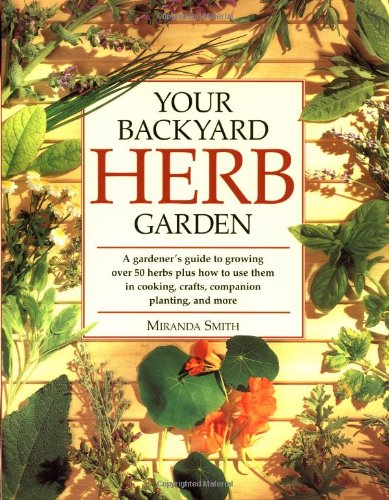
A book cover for Your Backyard Herb Garden: A Gardener's Guide to Growing Over 50 Herbs Plus How to Use Them in Cooking, Crafts, Companion Planting and More; Miranda Smith; Crafts, Hobbies & Home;